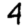
Digit: 4